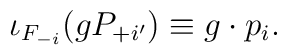
\iota_{F_{-i}}(g P_{+i'}) \equiv g \cdot p_i.